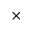
\times